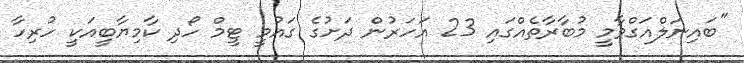
"ބައިނަލްއަގްވާމީ މުބާރާތެއްގައި 23 އަހަރުން ދަށުގެ ގައުމީ ޓީމް ހޯދި ކާމިޔާބީއަކީ ހުރިހާ